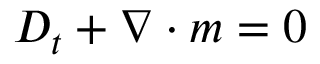
D _ { t } + \nabla \cdot m = 0